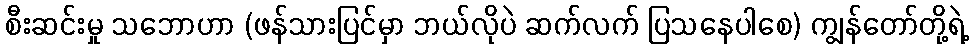
စီးဆင်းမှု သဘောဟာ (ဖန်သားပြင်မှာ ဘယ်လိုပဲ ဆက်လက် ပြသနေပါစေ) ကျွန်တော်တို့ရဲ့